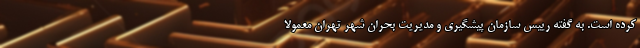
کرده است. به گفته رییس سازمان پیشگیری و مدیریت بحران شهر تهران معمولا